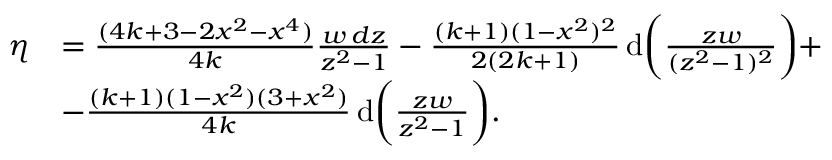
\begin{array} { r l } { \eta } & { = \frac { ( 4 k + 3 - 2 x ^ { 2 } - x ^ { 4 } ) } { 4 k } \frac { w \, d z } { z ^ { 2 } - 1 } - \frac { ( k + 1 ) ( 1 - x ^ { 2 } ) ^ { 2 } } { 2 ( 2 k + 1 ) } \, \mathrm { d } \bigg ( \frac { z w } { ( z ^ { 2 } - 1 ) ^ { 2 } } \bigg ) + } \\ & { - \frac { ( k + 1 ) ( 1 - x ^ { 2 } ) ( 3 + x ^ { 2 } ) } { 4 k } \, \mathrm { d } \bigg ( \frac { z w } { z ^ { 2 } - 1 } \bigg ) . } \end{array}